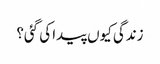
زندگی کیوں پیدا کی گئی؟